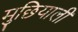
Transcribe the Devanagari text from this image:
मुछियाली